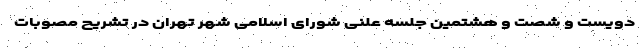
دویست و شصت و هشتمین جلسه علنی شورای اسلامی شهر تهران در تشریح مصوبات